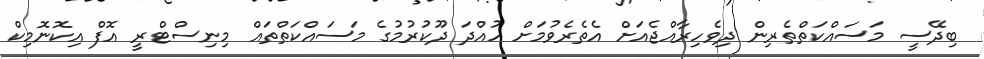
ބިދޭސީ މަސައްކަތްތެރިން ދިވެހިރާއްޖެއަށް އެތެރެވުމަށް ހުއްދަ ދޫކުރުމުގެ މަސައްކަތްތައް މިނިސްޓްރީ އޮފް އިކޮނޮމިކް